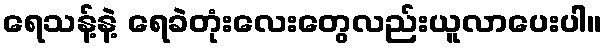
ရေသန့်နဲ့ ရေခဲတုံးလေးတွေလည်းယူလာပေးပါ။